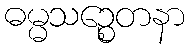
ဓမ္မသဉ္စေတနာ